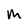
Character: M